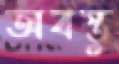
অবস্তু